Insane asylums in Bengal annual reports 1876-1887 - 1876-1887
Year: 1876
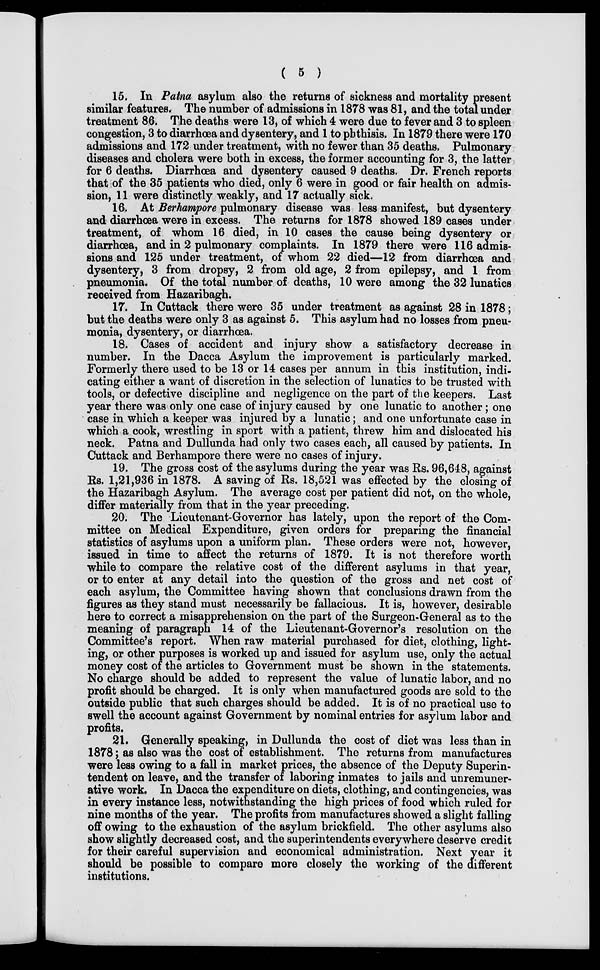
( 5 )
15. In Patna asylum also the returns of sickness and mortality present
similar features. The number of admissions in 1878 was 81, and the total under
treatment 86. The deaths were 13, of which 4 were due to fever and 3 to spleen
congestion, 3 to diarrhoea and dysentery, and 1 to phthisis. In 1879 there were 170
admissions and 172 under treatment, with no fewer than 35 deaths. Pulmonary
diseases and cholera were both in excess, the former accounting for 3, the latter
for 6 deaths. Diarrhœa and dysentery caused 9 deaths. Dr. French reports
that of the 35 patients who died, only 6 were in good or fair health on admis-
sion, 11 were distinctly weakly, and 17 actually sick.
16. At Berhampore pulmonary disease was less manifest, but dysentery
and diarrhœa were in excess. The returns for 1878 showed 189 cases under
treatment, of whom 16 died, in 10 cases the cause being dysentery or
diarrhoea, and in 2 pulmonary complaints. In 1879 there were 116 admis-
sions and 125 under treatment, of whom 22 died—12 from diarrhœa and
dysentery, 3 from dropsy, 2 from old age, 2 from epilepsy, and 1 from
pneumonia. Of the total number of deaths, 10 were among the 32 lunatics
received from Hazaribagh.
17. In Cuttack there were 35 under treatment as against 28 in 1878;
but the deaths were only 3 as against 5. This asylum had no losses from pneu-
monia, dysentery, or diarrhoea.
18. Cases of accident and injury show a satisfactory decrease in
number. In the Dacca Asylum the improvement is particularly marked.
Formerly there used to be 13 or 14 cases per annum in this institution, indi-
cating either a want of discretion in the selection of lunatics to be trusted with
tools, or defective discipline and negligence on the part of the keepers. Last
year there was only one case of injury caused by one lunatic to another; one
case in which a keeper was injured by a lunatic; and one unfortunate case in
which a cook, wrestling in sport with a patient, threw him and dislocated his
neck. Patna and Dullunda had only two cases each, all caused by patients. In
Cuttack and Berhampore there were no cases of injury.
19. The gross cost of the asylums during the year was Rs. 96,648, against
Rs. 1,21,936 in 1878. A saving of Rs. 18,521 was effected by the closing of
the Hazaribagh Asylum. The average cost per patient did not, on the whole,
differ materially from that in the year preceding.
20. The Lieutenant-Governor has lately, upon the report of the Com-
mittee on Medical Expenditure, given orders for preparing the financial
statistics of asylums upon a uniform plan. These orders were not, however,
issued in time to affect the returns of 1879. It is not therefore worth
while to compare the relative cost of the different asylums in that year,
or to enter at any detail into the question of the gross and net cost of
each asylum, the Committee having shown that conclusions drawn from the
figures as they stand must necessarily be fallacious. It is, however, desirable
here to correct a misapprehension on the part of the Surgeon-General as to the
meaning of paragraph 14 of the Lieutenant-Governor's resolution on the
Committee's report. When raw material purchased for diet, clothing, light-
ing, or other purposes is worked up and issued for asylum use, only the actual
money cost of the articles to Government must be shown in the statements.
No charge should be added to represent the value of lunatic labor, and no
profit should be charged. It is only when manufactured goods are sold to the
outside public that such charges should be added. It is of no practical use to
swell the account against Government by nominal entries for asylum labor and
profits.
21. Generally speaking, in Dullunda the cost of diet was less than in
1878; as also was the cost of establishment. The returns from manufactures
were less owing to a fall in market prices, the absence of the Deputy Superin-
tendent on leave, and the transfer of laboring inmates to jails and unremuner-
ative work, In Dacca the expenditure on diets, clothing, and contingencies, was
in every instance less, notwithstanding the high prices of food which ruled for
nine months of the year. The profits from manufactures showed a slight falling
off owing to the exhaustion of the asylum brickfield. The other asylums also
show slightly decreased cost, and the superintendents everywhere deserve credit
for their careful supervision and economical administration. Next year it
should be possible to compare more closely the working of the different
institutions.